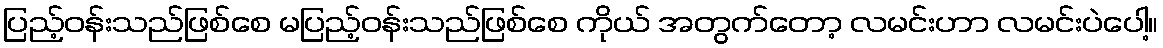
ပြည့်ဝန်းသည်ဖြစ်စေ မပြည့်ဝန်းသည်ဖြစ်စေ ကိုယ် အတွက်တော့ လမင်းဟာ လမင်းပဲပေါ့။